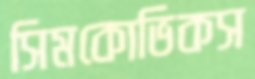
সিমকোভিকস